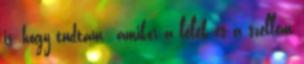
is, hogy tudtam: amikor a lélek és a szellem